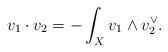
LaTeX: \begin{align*}v_1\cdot v_2=-\int_X v_1\wedge v_2^\vee.\end{align*}